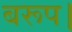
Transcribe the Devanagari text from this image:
बरूप।